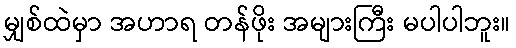
မျှစ်ထဲမှာ အဟာရ တန်ဖိုး အများကြီး မပါပါဘူး။